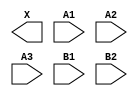
module sky130_fd_sc_lp__a32o (
    X ,
    A1,
    A2,
    A3,
    B1,
    B2
);

    output X ;
    input  A1;
    input  A2;
    input  A3;
    input  B1;
    input  B2;

    // Voltage supply signals
    supply1 VPWR;
    supply0 VGND;
    supply1 VPB ;
    supply0 VNB ;

endmodule